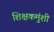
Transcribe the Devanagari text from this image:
शिक्षकमुंशी